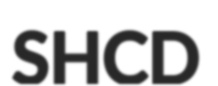
SHCD